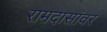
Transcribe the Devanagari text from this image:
रामदासांवर